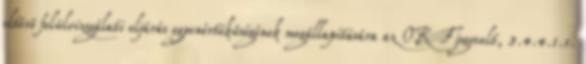
eltérõ felülvizsgálati eljárás egyenértékûségének megállapítására az OKF jogosult, 3.4.4.1.1.